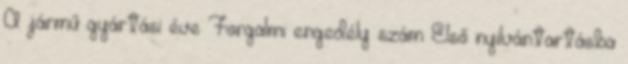
A jármű gyártási éve Forgalmi engedély szám Első nyilvántartásba